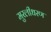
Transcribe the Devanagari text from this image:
मुरलीधरण